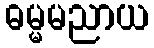
ဓမ္မမညာယ